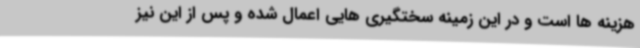
هزینه ها است و در این زمینه سختگیری هایی اعمال شده و پس از این نیز